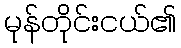
မုန်တိုင်းငယ်၏